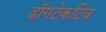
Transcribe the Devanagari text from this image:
डॉगटेकटिव